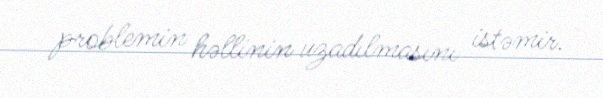
problemin həllinin uzadılmasını istəmir.